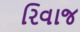
રિવાજ